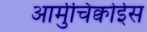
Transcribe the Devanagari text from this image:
आर्मुचिक्वोईस